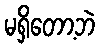
မရှိတော့ဘဲ